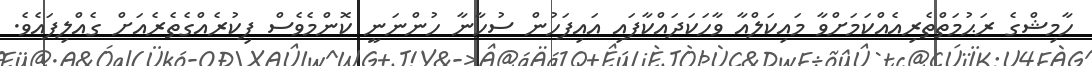
ހާމިޝްގެ ރަޙުމަތްތެރިއެއްކަމަށްވާ މައިކަލްއާ ވާހަކަދައްކާފައި އައިފަހުން ސުހާނާ ހުންނަނީ ކޮންމެވެސް ފިކުރެއްގެތެރެއަށް ގެއްލިފައެވެ.